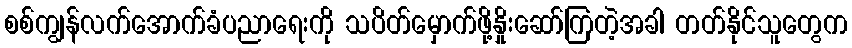
စစ်ကျွန်လက်အောက်ခံပညာရေးကို သပိတ်မှောက်ဖို့နှိုးဆော်ကြတဲ့အခါ တတ်နိုင်သူတွေက